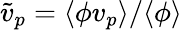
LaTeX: \widetilde{v}_{p}=\langle\phi v_{p}\rangle/\langle\phi\rangle